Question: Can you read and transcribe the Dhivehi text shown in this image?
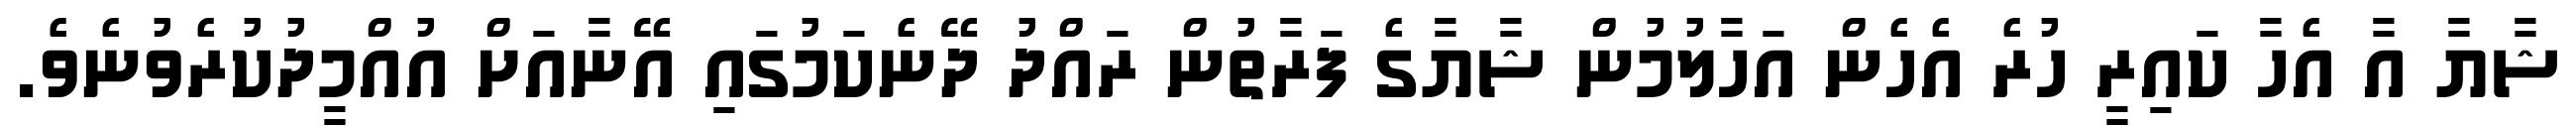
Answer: ޝާޔާ އާ އެހާ ކައިރީ ހުރެ އެހެން އަހާލުމުން ޝާޔާގެ ފަރާތުން ރައްދު ދޭނެކަމުގައި އޭނާއަށް އުއްމީދުކުރެވުނެވެ.